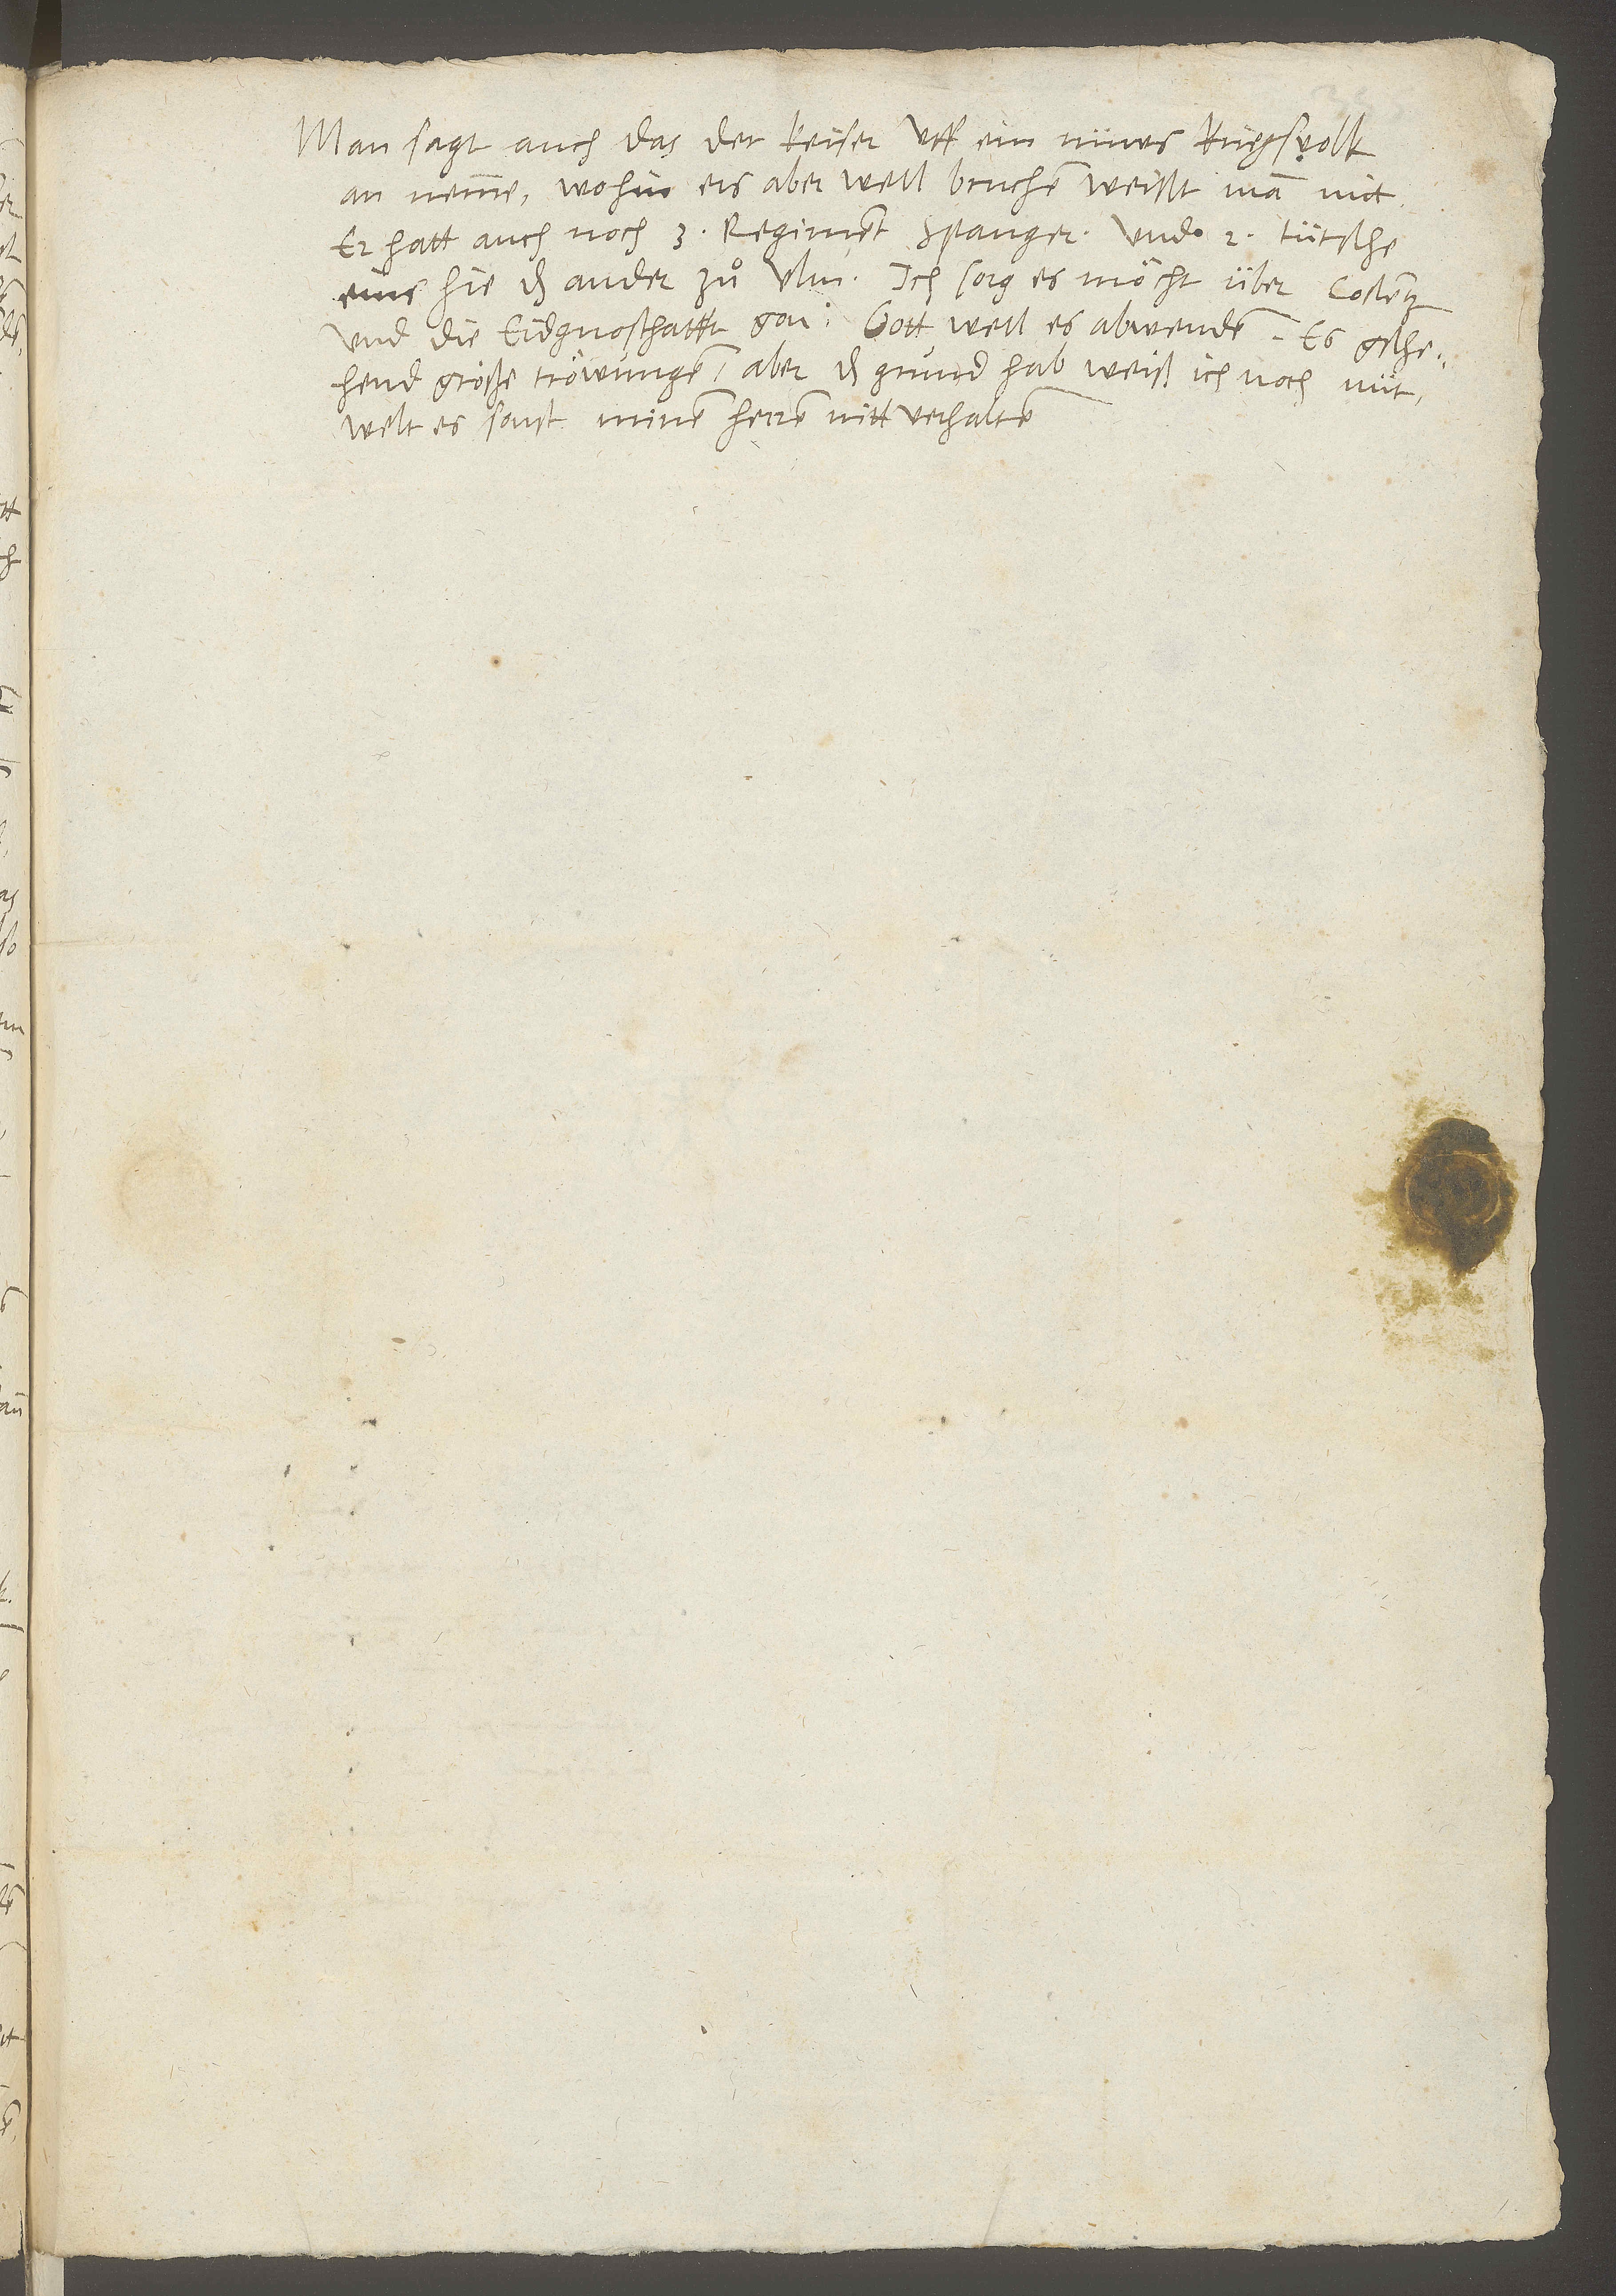
Man sagt auch, das der keiser uff ein nüws kriegsvolk
annemme. Wohin ers aber well bruchen, weißt man nitt.
Er hatt auch noch 3 regiment Spanger und 2 tütsche:
eins hie, das ander zuͦ Ulm. Ich sorg, es möcht über Costentz
und die Eidgnoschafft gon. Gott well es abwenden! Es gschehend
große tröwungen, aber das grund hab, weiß ich noch nüt.
Welt es sonst minen herren nit verhalten.